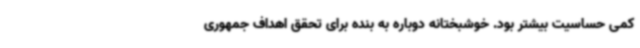
کمی حساسیت بیشتر بود. خوشبختانه دوباره به بنده برای تحقق اهداف جمهوری